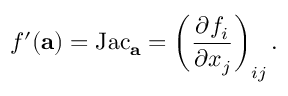
f ^ { \prime } ( \mathbf { a } ) = \operatorname { J a c } _ { \mathbf { a } } = \left( { \frac { \partial f _ { i } } { \partial x _ { j } } } \right) _ { i j } .